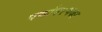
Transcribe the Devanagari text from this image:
पर्यावरणका